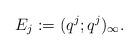
LaTeX: \begin{align*}E_{j} :=(q^{j};q^{j})_{\infty}.\end{align*}